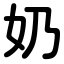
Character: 奶